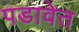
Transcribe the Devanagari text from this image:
पडावेत